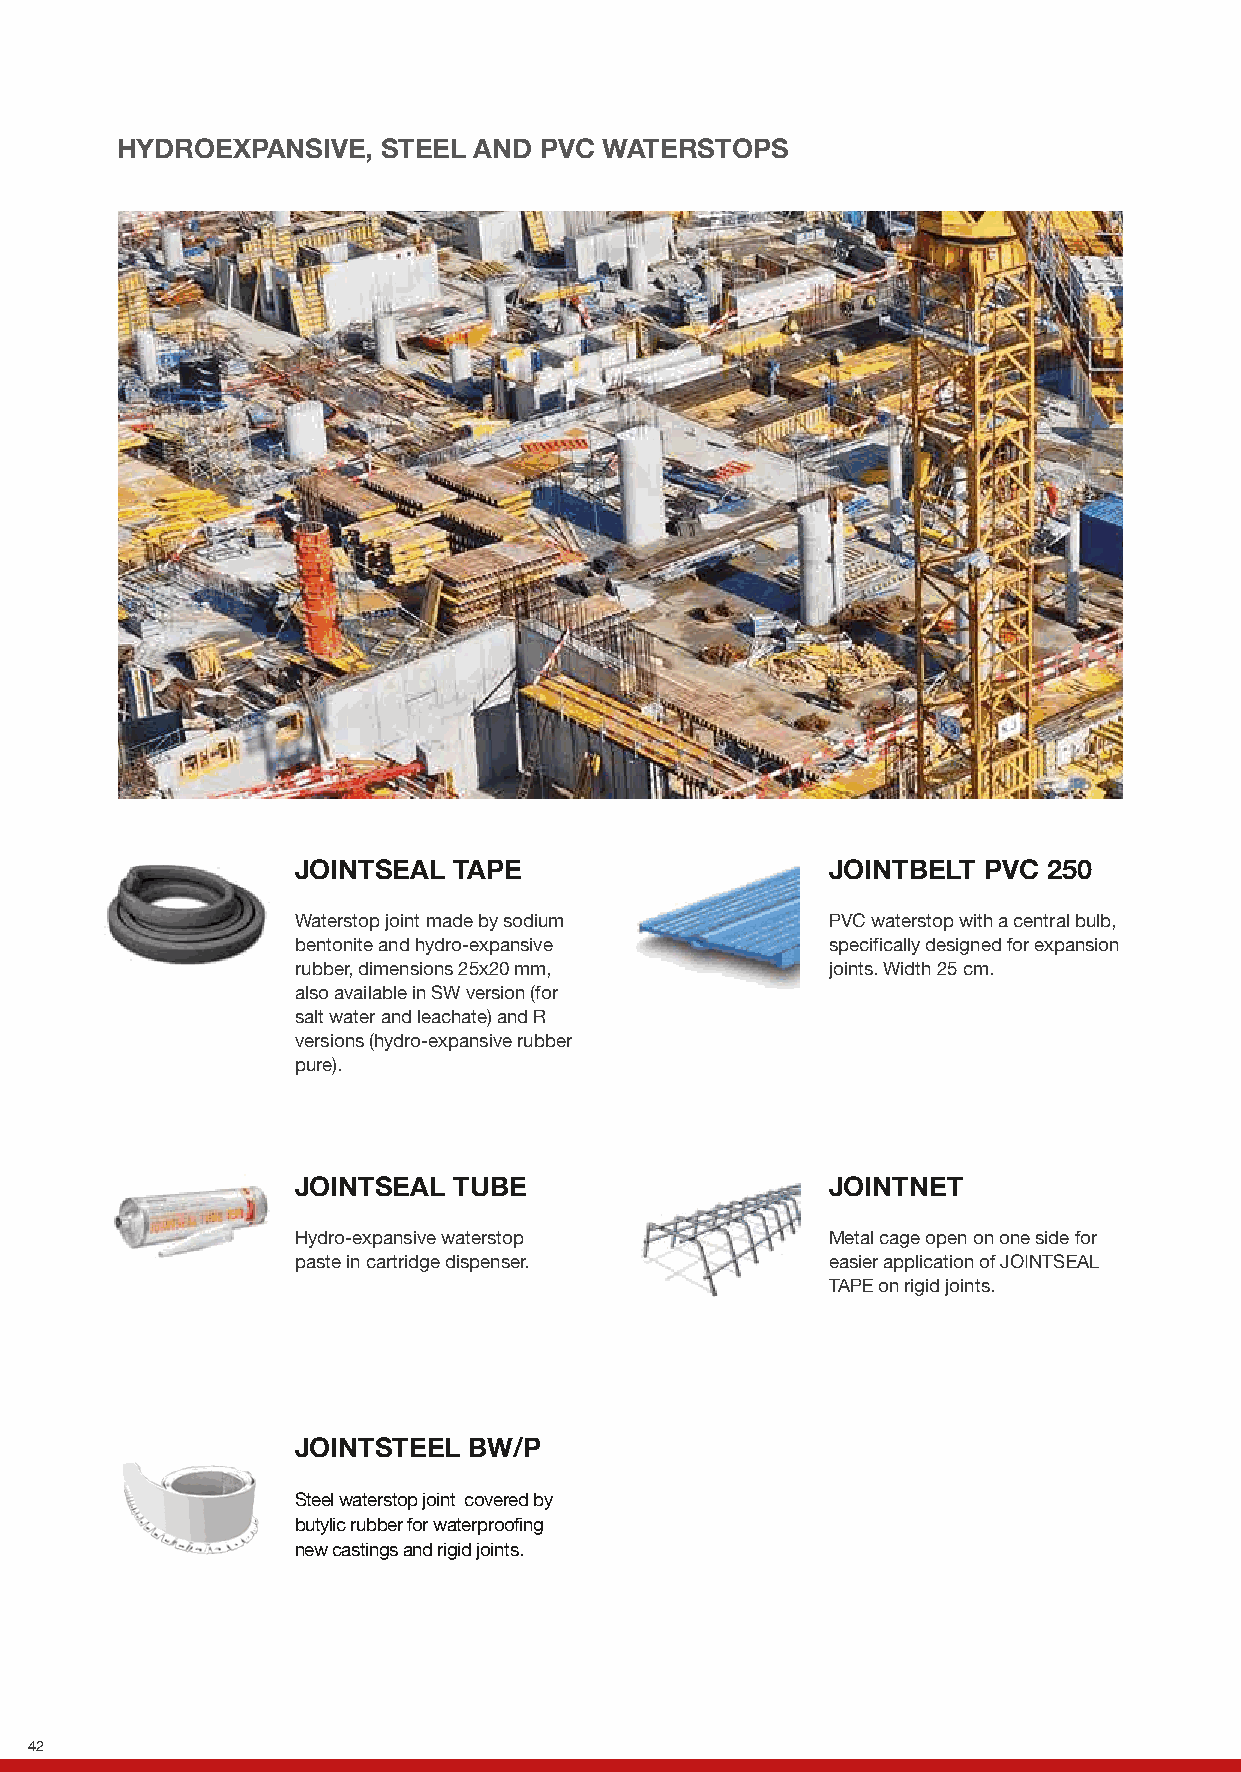
HYDROEXPANSIVE,  STEEL AND  PVC WATERSTOPS
 JOINTSEAL TAPE                     JOINTBELT PVC 250
 Waterstop joint made by sodium     PVC waterstop with a central bulb,
 bentonite and hydro-expansive      specifically designed for expansion
 rubber, dimensions 25x20 mm,       joints. Width 25 cm.
 also available in SW version (for
 salt water and leachate) and R
 versions (hydro-expansive rubber
 pure).
 JOINTSEAL TUBE                     JOINTNET
 Hydro-expansive waterstop          Metal cage open on one side for
 paste in cartridge dispenser.      easier application of JOINTSEAL
 TAPE on rigid joints.
 JOINTSTEEL BW/P
 Steel waterstop joint covered by
 butylic rubber for waterproofing
 new castings and rigid joints.
 42